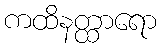
ကထိနတ္ထာရော